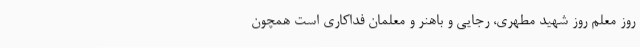
روز معلم روز شهید مطهری، رجایی و باهنر و معلمان فداکاری است همچون